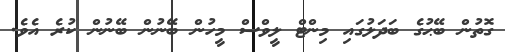
ގޮތުން ބޭޙުގެ ބަދަލުގައި މިންޓް ލީވްސް މީހުން ބޭނުން ބޭނުން ކުރެ އެވެ.